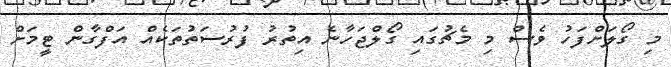
މި ގޯލަށްފަހު ވެސް މި މެޗުގައި ގޯލްޖަހާނެ އިތުރު ފުރުސަތުތަކެއް އަފްގާން ޓީމަށް